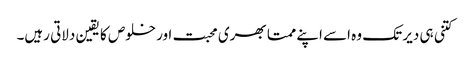
کتنی ہی دیر تک وہ اسے اپنے ممتا بھری محبت اور خلوص کا یقین دلاتی رہیں۔